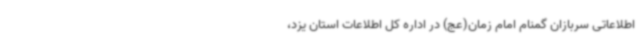
اطلاعاتی سربازان گمنام امام زمان(عج) در اداره کل اطلاعات استان یزد،